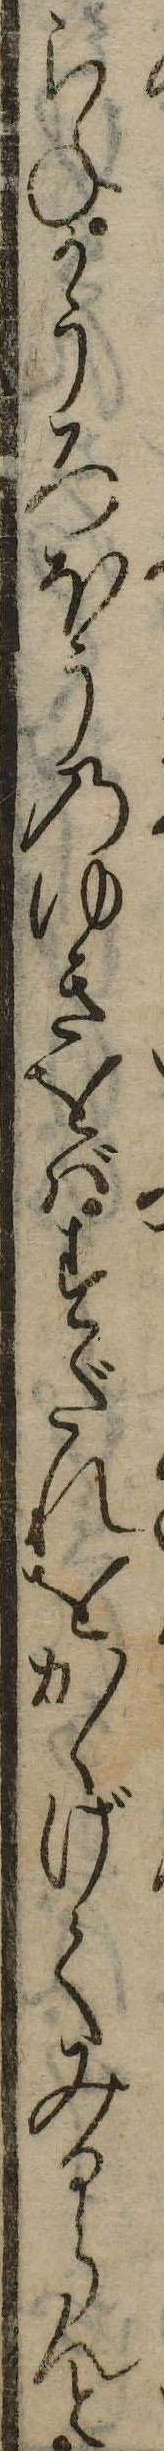
らねかうろほうのゆきをばすだれをかゝげてみるらんと